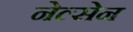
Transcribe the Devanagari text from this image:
नेल्सेन